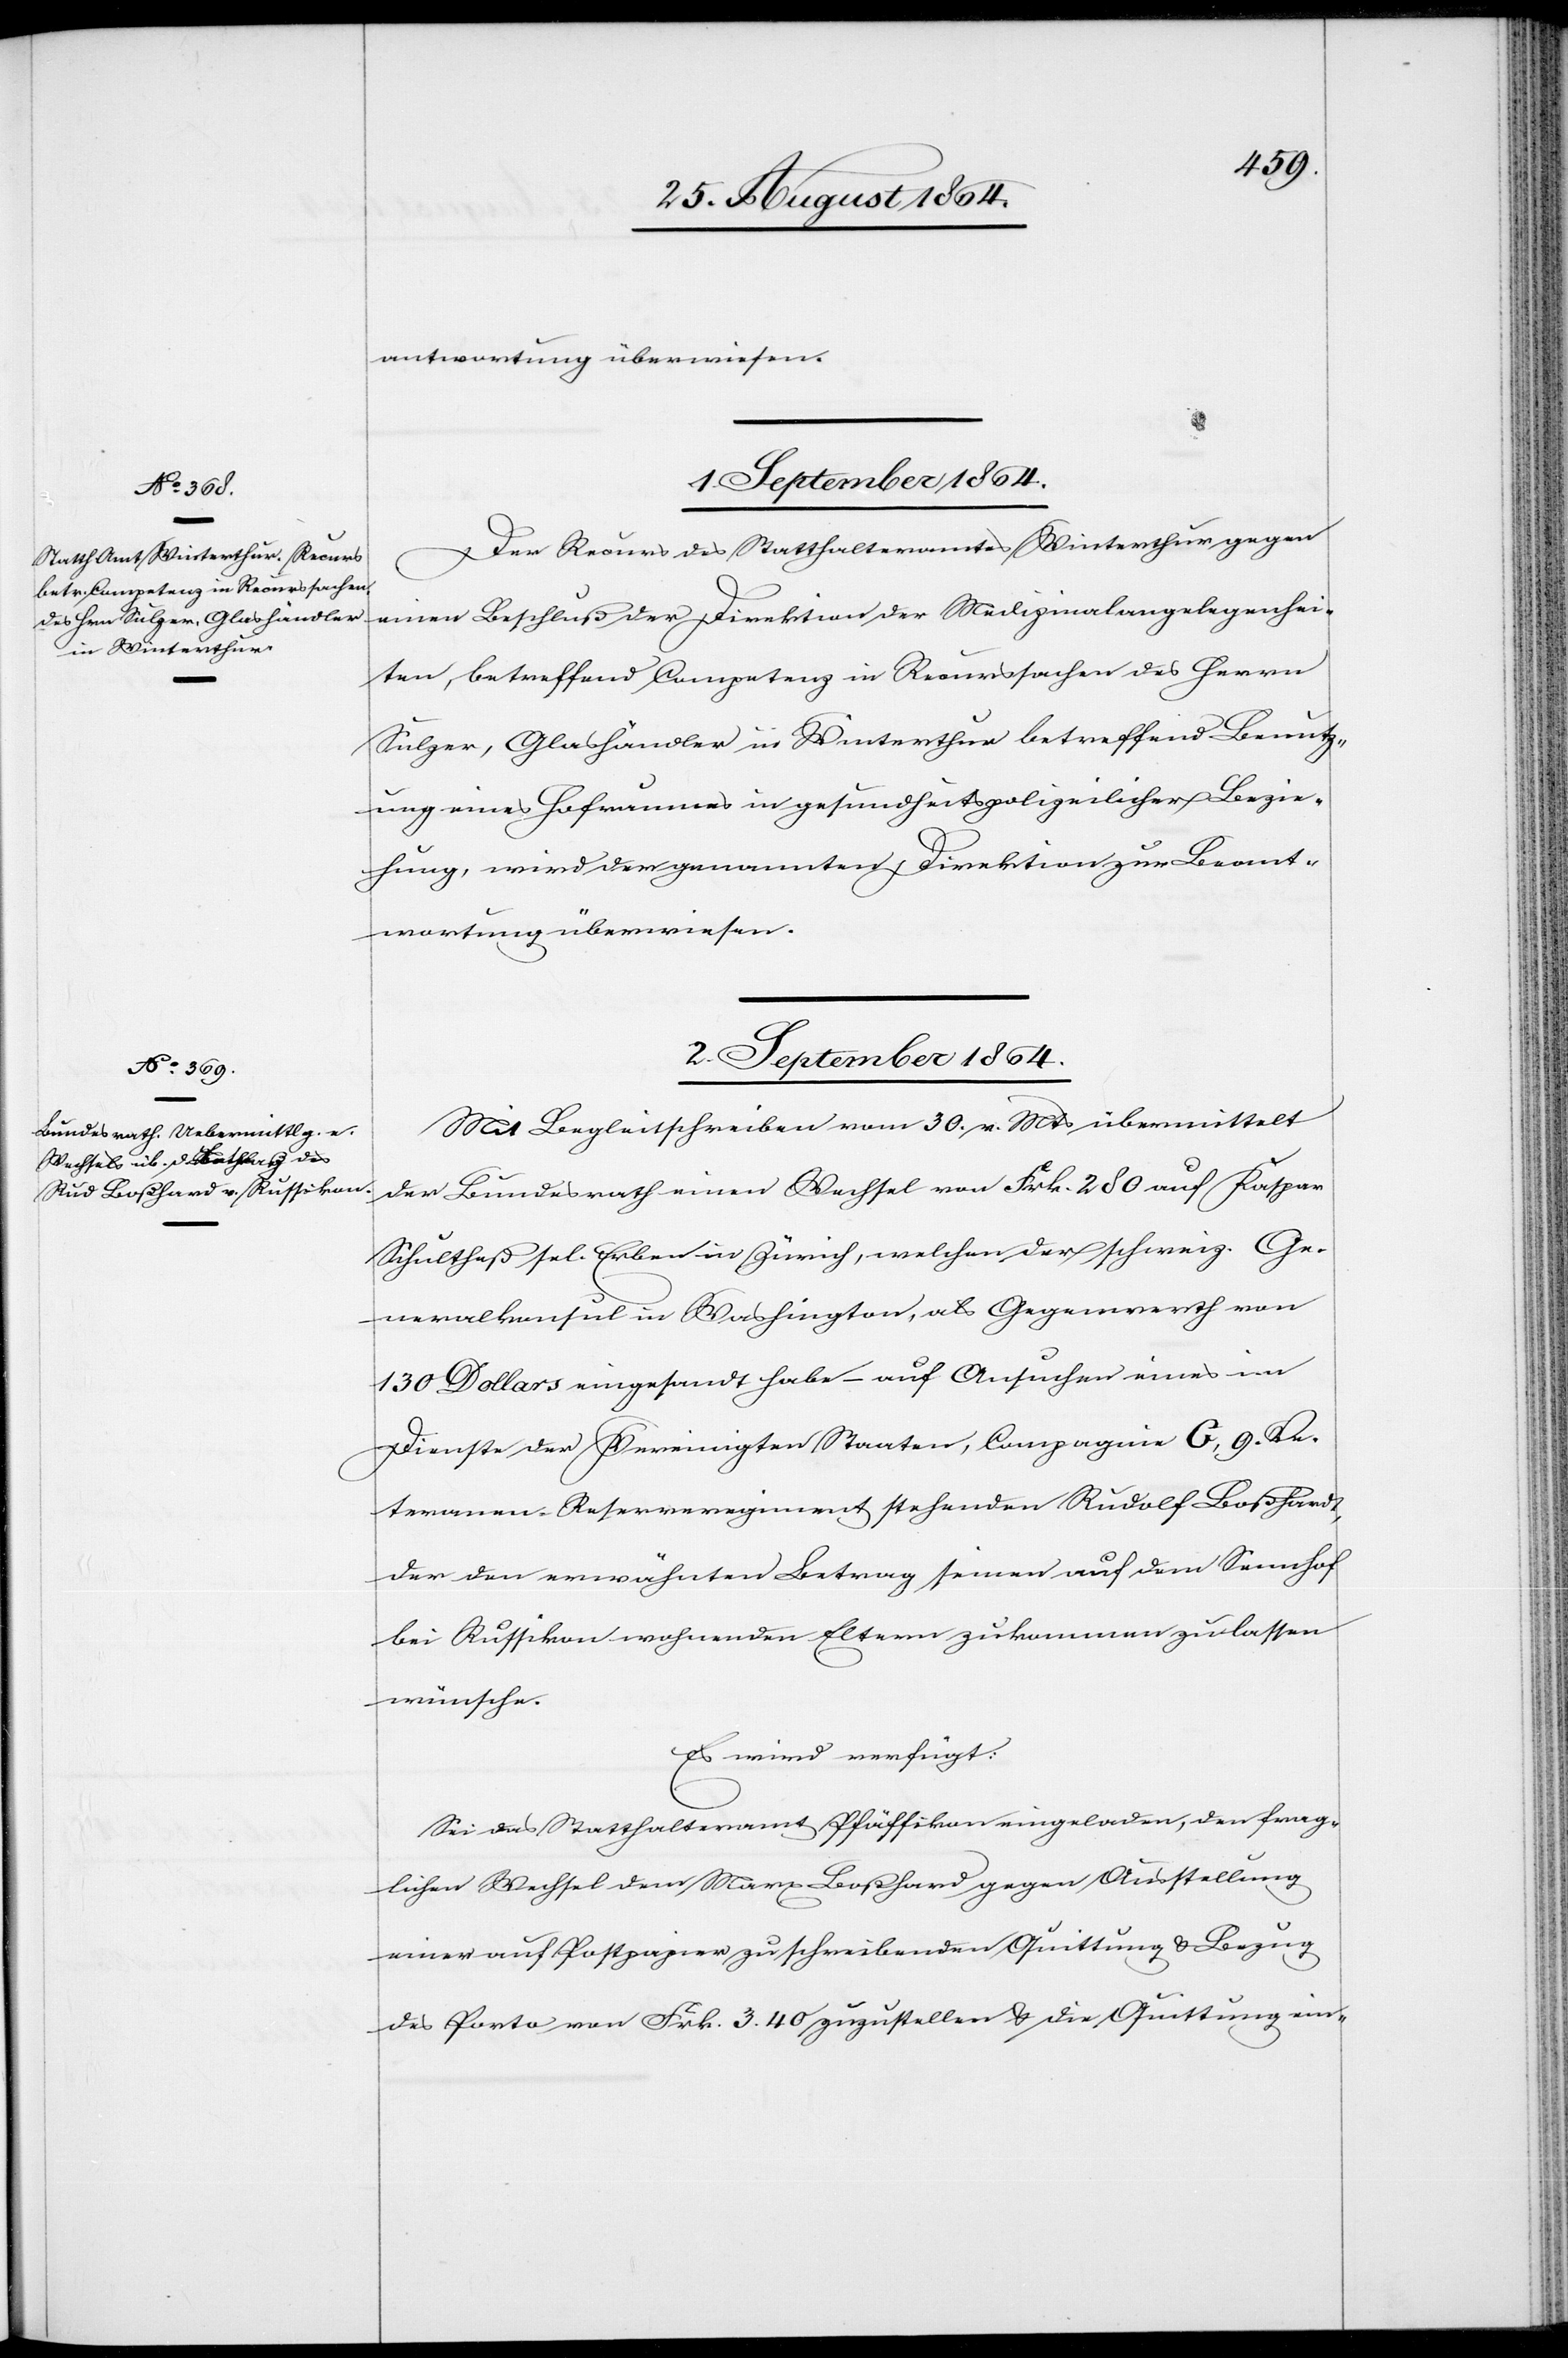
antwortung überwiesen.
1. September 1864.
Der Recurs des Statthalteramtes Winterthur gegen
einen Beschluß der Direktion der Medizinalangelegenhei¬
ten, betreffend Competenz in Recurssachen des Herrn
Sulzer, Glashändler in Winterthur betreffend Benutz¬
ung eines Hofraumes in gesundheitspolizeilicher Bezie¬
hung, wird der genannten Direktion zur Beant¬
wortung überwiesen.
2. September 1864.
Mit Begleitschreiben vom 30. v. Mts übermittelt
der Bundesrath einen Wechsel von Frk. 280 auf Kaspar
Schultheß sel. Erben in Zürich, welcher der schweiz. Ge¬
neralkonsul in Washington, als Gegenwerth von
130 Dollars eingesandt habe – auf Ansuchen eines im
Dienste der Vereinigten Staaten, Compagnie C, 9. Ve¬
teranen-Reserveregiment stehenden Rudolf Boßhardt
der den erwähnten Betrag seinen auf dem Sennhof
bei Russikon wohnenden Eltern zukommen lassen
wünsche.
Es wird verfügt:
Sei das Statthalteramt Pfäffikon eingeladen, den frag¬
lichen Wechsel dem Marx Boßhard gegen Ausstellung
einer auf Postpapier zu schreibenden Quittung & Beziehung
des Porto von Frk. 3.30 zuzustellen & die Quittung ein-